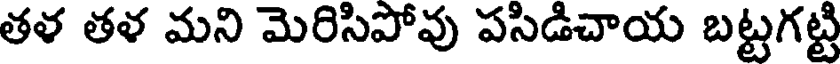
తళ తళ మని మెరిసిపోవు పసిడిచాయ బట్టగట్టి